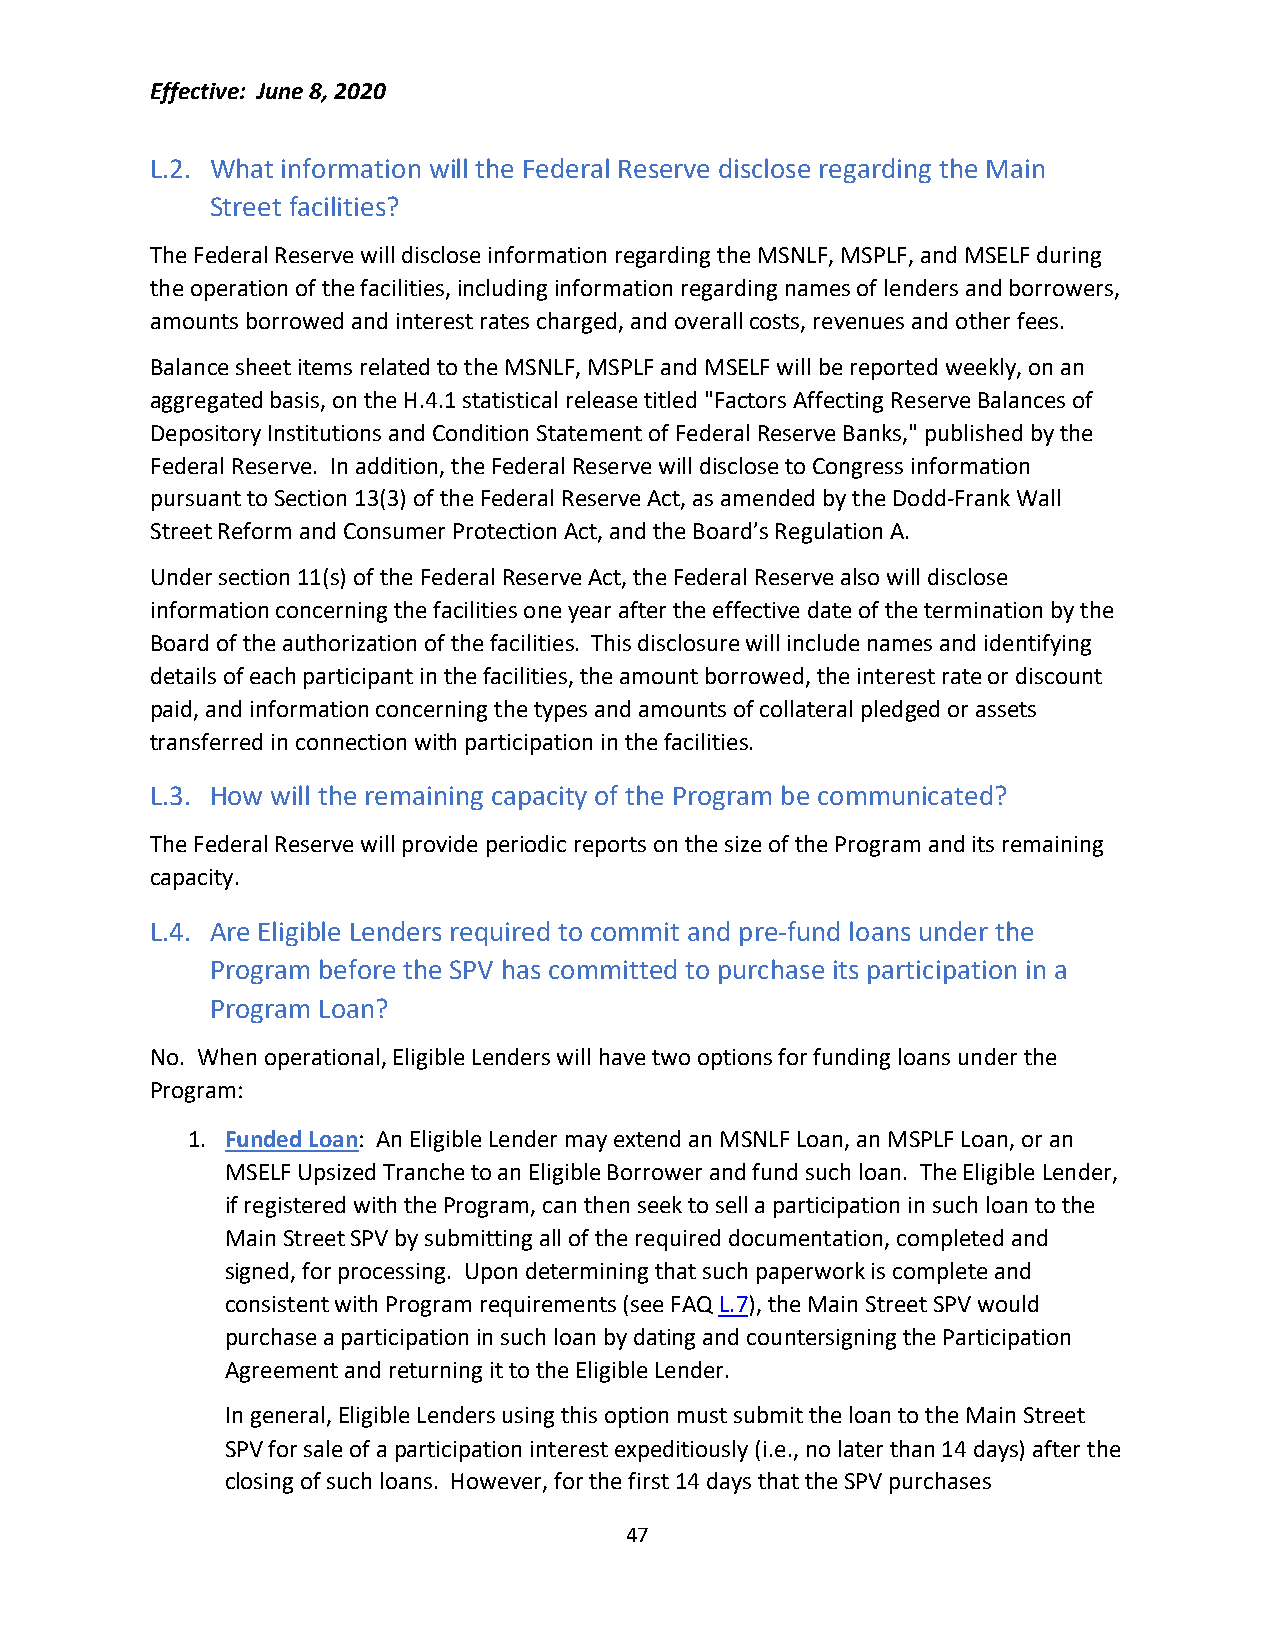
Effective: June 8, 2020
 L.2. What information will the Federal Reserve disclose regarding the Main
 Street facilities?
 The Federal Reserve will disclose information regarding the MSNLF, MSPLF, and MSELF during
 the operation of the facilities, including information regarding names of lenders and borrowers,
 amounts borrowed and interest rates charged, and overall costs, revenues and other fees.
 Balance sheet items related to the MSNLF, MSPLF and MSELF will be reported weekly, on an
 aggregated basis, on the H.4.1 statistical release titled "Factors Affecting Reserve Balances of
 Depository Institutions and Condition Statement of Federal Reserve Banks," published by the
 Federal Reserve. In addition, the Federal Reserve will disclose to Congress information
 pursuant to Section 13(3) of the Federal Reserve Act, as amended by the Dodd-Frank Wall
 Street Reform and Consumer Protection Act, and the Board’s Regulation A.
 Under section 11(s) of the Federal Reserve Act, the Federal Reserve also will disclose
 information concerning the facilities one year after the effective date of the termination by the
 Board of the authorization of the facilities. This disclosure will include names and identifying
 details of each participant in the facilities, the amount borrowed, the interest rate or discount
 paid, and information concerning the types and amounts of collateral pledged or assets
 transferred in connection with participation in the facilities.
 L.3. How will the remaining capacity of the Program be communicated?
 The Federal Reserve will provide periodic reports on the size of the Program and its remaining
 capacity.
 L.4. Are Eligible Lenders required to commit and pre-fund loans under the
 Program before the SPV has committed to purchase its participation in a
 Program Loan?
 No. When operational, Eligible Lenders will have two options for funding loans under the
 Program:
 1. Funded Loan: An Eligible Lender may extend an MSNLF Loan, an MSPLF Loan, or an
 MSELF Upsized Tranche to an Eligible Borrower and fund such loan. The Eligible Lender,
 if registered with the Program, can then seek to sell a participation in such loan to the
 Main Street SPV by submitting all of the required documentation, completed and
 signed, for processing. Upon determining that such paperwork is complete and
 consistent with Program requirements (see FAQ L.7), the Main Street SPV would
 purchase a participation in such loan by dating and countersigning the Participation
 Agreement and returning it to the Eligible Lender.
 In general, Eligible Lenders using this option must submit the loan to the Main Street
 SPV for sale of a participation interest expeditiously (i.e., no later than 14 days) after the
 closing of such loans. However, for the first 14 days that the SPV purchases
 47